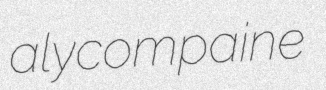
alycompaine